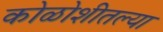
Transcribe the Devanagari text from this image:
कोळोशीतल्या